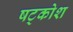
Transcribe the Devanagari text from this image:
षट्कोश